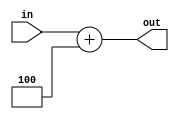
module adder (
	input [31:0] in,
	output [31:0] out
);

	assign out = in + 4;

endmodule